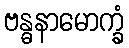
ဗန္ဓနာမောက္ခံ